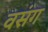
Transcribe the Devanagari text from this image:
वसंग